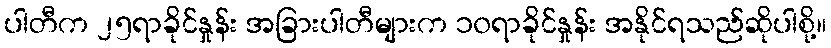
ပါတီက ၂၅ရာခိုင်နှုန်း အခြားပါတီများက ၁၀ရာခိုင်နှုန်း အနိုင်ရသည်ဆိုပါစို့။